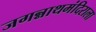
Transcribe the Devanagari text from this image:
जगन्नाथमंदिराला